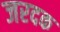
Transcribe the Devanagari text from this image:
जरदक